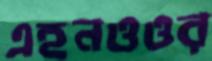
এহনওওর